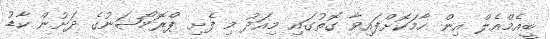
ބީއެމްއެލް އިން ހާމަކޮށްފައިވާ ގޮތުގައި މިއަދު މި ފެށި ޕްރޮމޯޝަނުގެ ދަށުން ކާޑު